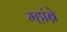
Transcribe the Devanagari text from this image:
म्हांब्रे